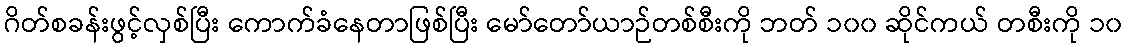
ဂိတ်စခန်းဖွင့်လှစ်ပြီး ကောက်ခံနေတာဖြစ်ပြီး မော်တော်ယာဉ်တစ်စီးကို ဘတ် ၁၀၀ ဆိုင်ကယ် တစီးကို ၁၀